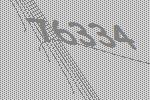
76334